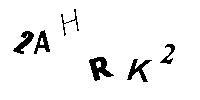
2AHRK2